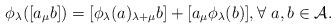
LaTeX: \begin{align*}\phi_{\lambda}([a_{\mu}b])= [\phi_{\lambda}(a)_{\lambda+ \mu}b]+ [a_{\mu}\phi_{\lambda}(b)], \forall \ a, b \in \mathcal{A}.\end{align*}